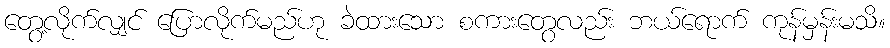
တွေ့လိုက်လျှင် ပြောလိုက်မည်ဟု ခဲထားသော စကားတွေလည်း ဘယ်ရောက် ကုန်မှန်းမသိ။